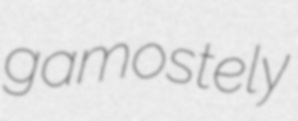
gamostely